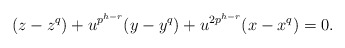
\begin{align*} (z-z^q)+u^{p^{h-r}}(y-y^q)+u^{2p^{h-r}}(x-x^q)=0.\end{align*}